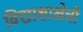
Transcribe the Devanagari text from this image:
विद्याशाखेची